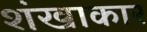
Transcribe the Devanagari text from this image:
शंखाकार